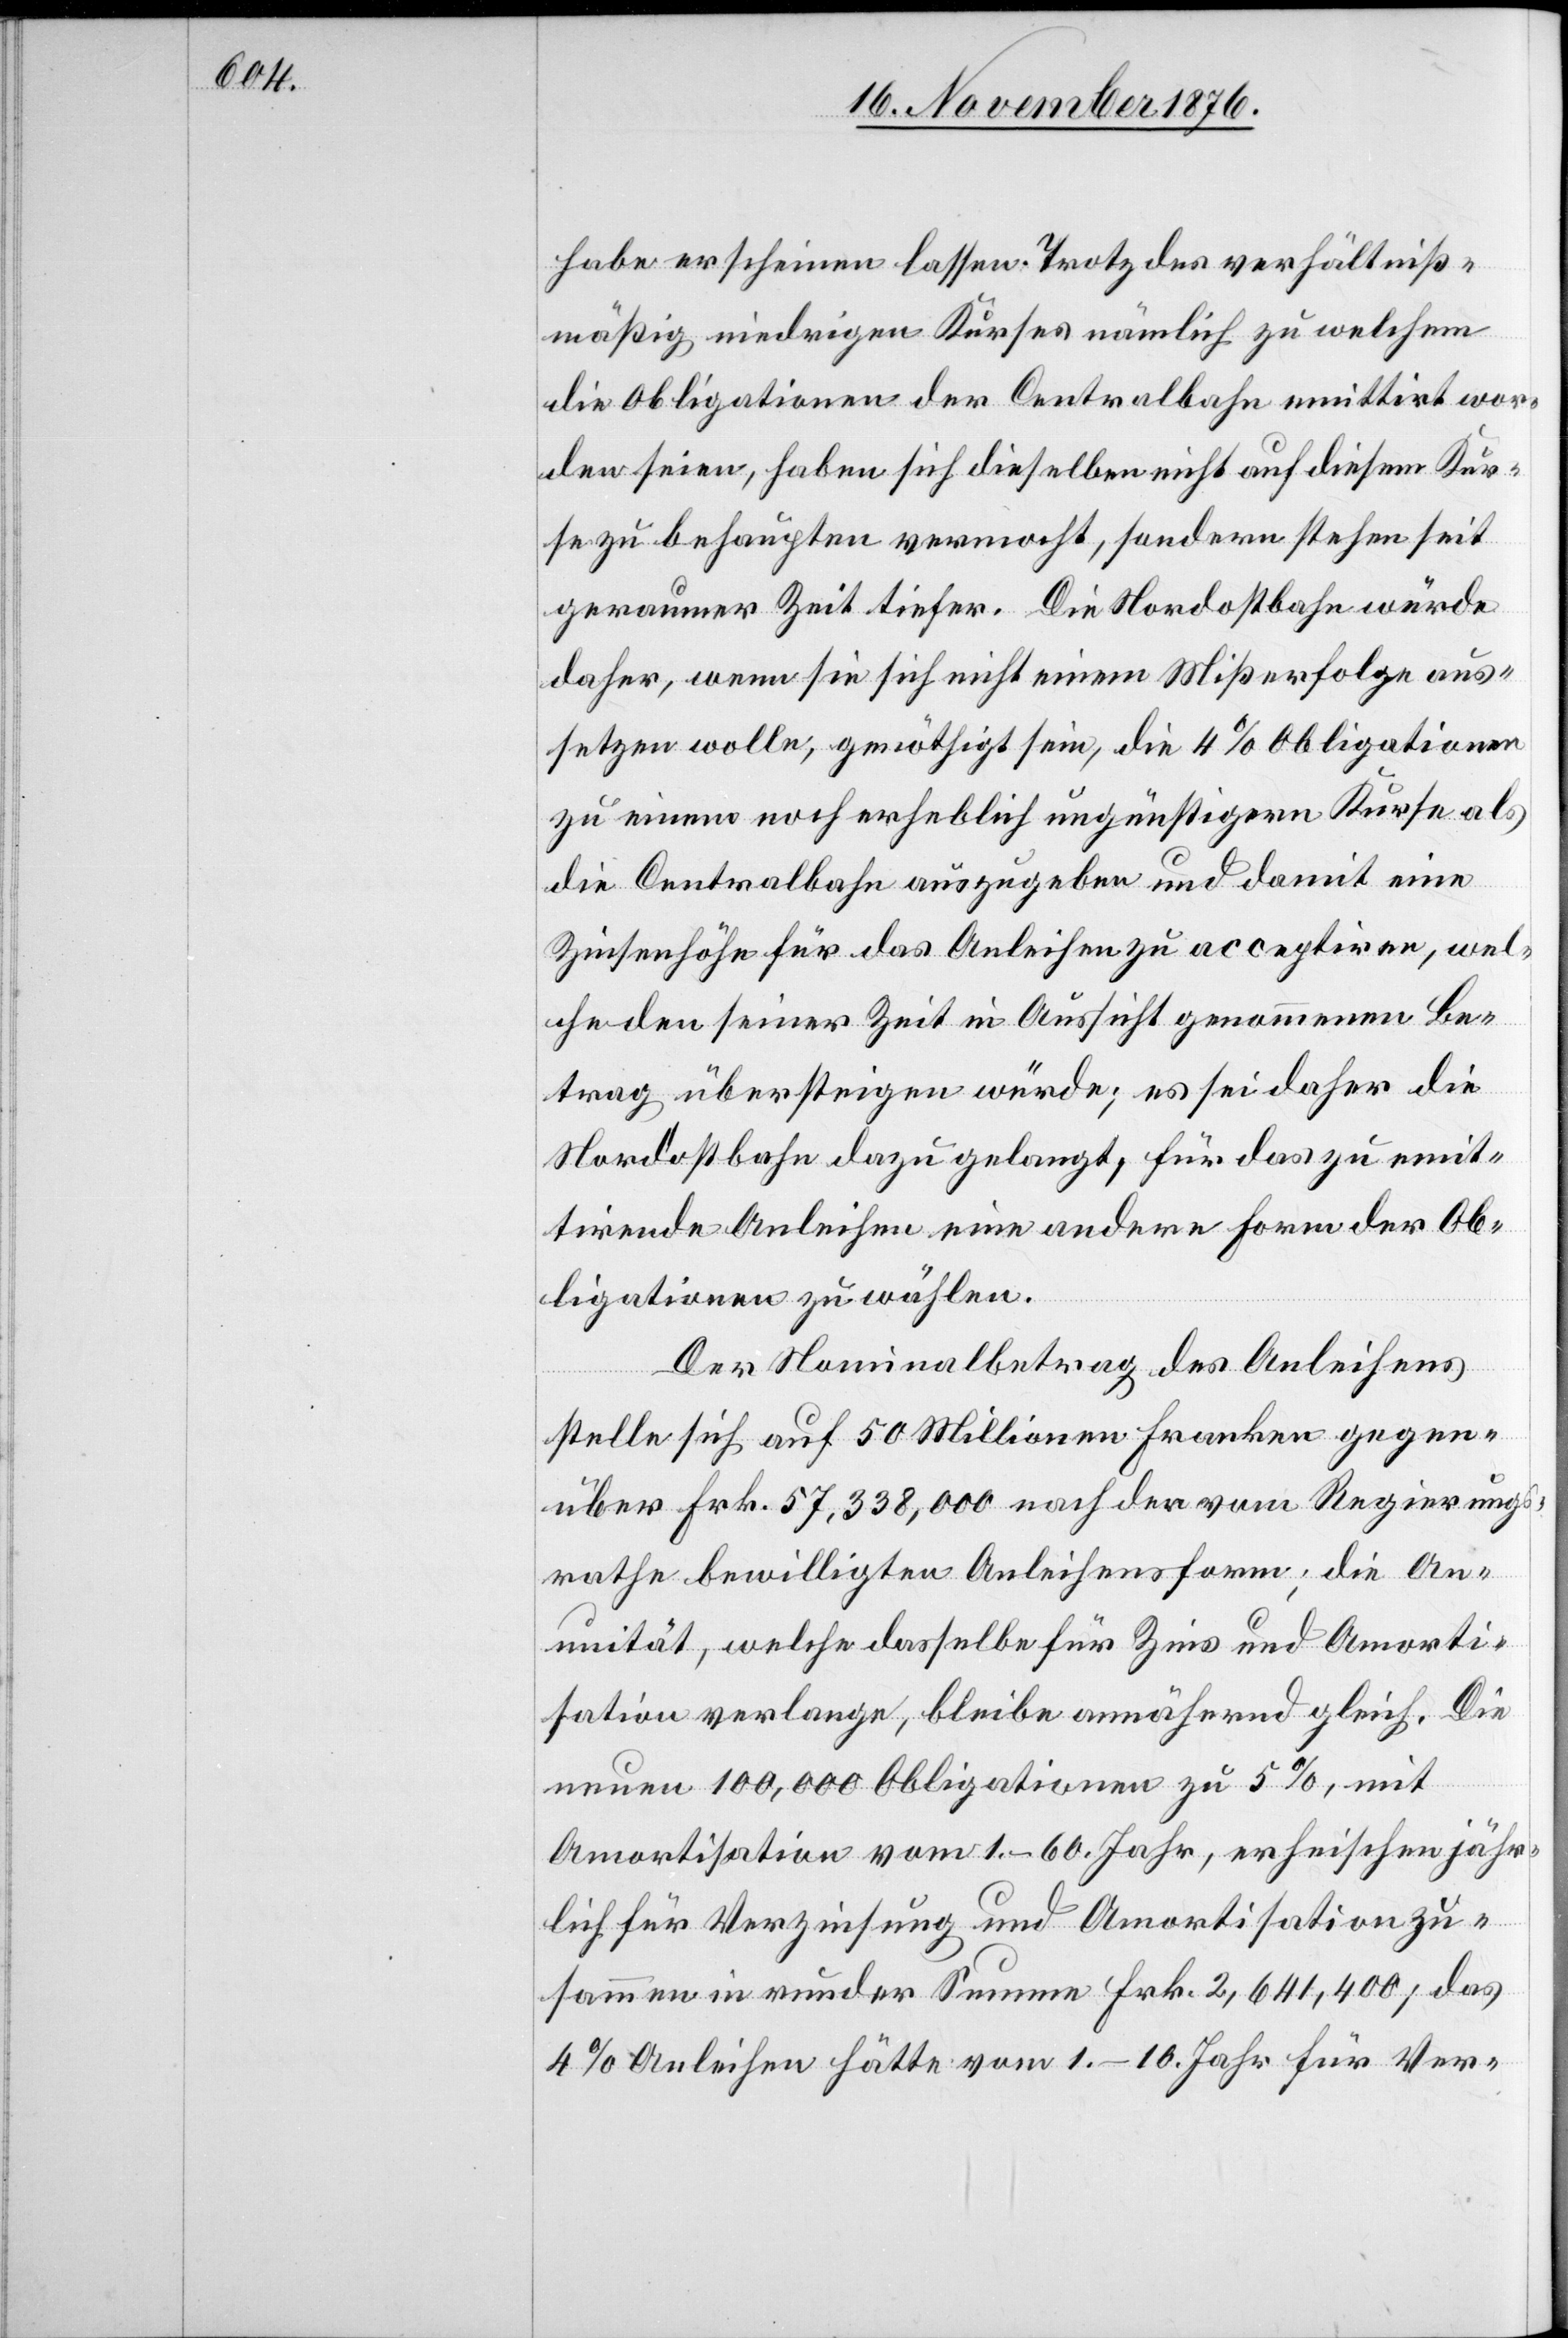
habe erscheinen lassen. Trotz des verhältniß¬
mäßig niedrigen Kurses nämlich zu welchem
die Obligationen der Centralbahn emittirt wor¬
den seien, haben sich dieselben nicht auf diesem Kur¬
se zu behaupten vermocht, sondern stehen seit
geraumer Zeit tiefer. Die Nordostbahn würde
daher wenn sie sich nicht einem Mißerfolge aus¬
setzen wolle, genöthigt sein, die 4% Obligationen
zu einem noch erheblich ungünstigern Kurse als
die Centralbahn auszugeben und damit eine
Zinsenhöhe für das Anleihen zu acceptiren, wel¬
che den seiner Zeit in Aussicht genommenen Be¬
trag übersteigen würde; es sei daher die
Nordostbahn dazu gelangt, für das zu emit¬
tirende Anleihen eine andere Form der Ob¬
ligationen zu wählen.
Der Nominalbetrag des Anleihens
stelle sich auf 50 Millionen Franken gegen¬
über Frk. 56,338,000 nach der vom Regierungs¬
rathe bewilligten Anleihensform; die An¬
nuität, welche dasselbe für Zins und Amorti¬
sation verlange, bleibe annähernd gleich. Die
neuen 100,000 Obligationen zu 5%, mit
Amortisation vom 1.–60. Jahr, erheischen jähr¬
lich für Verzinsung und Amortisation zu¬
sammen in runder Summe Frk. 2,641,400; das
4% Anleihen hätte vom 1.–10. Jahr für Ver-